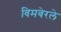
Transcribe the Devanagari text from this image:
विमबेरले